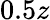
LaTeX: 0.5z